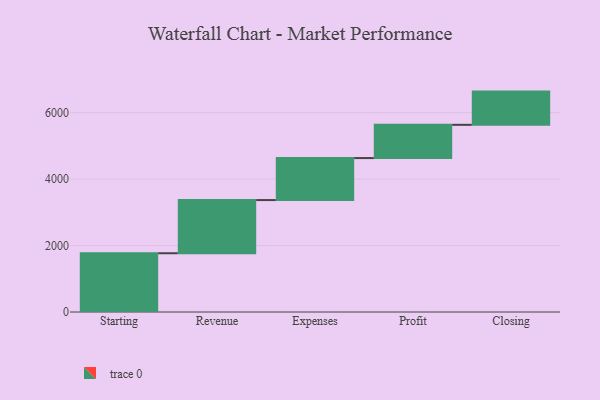
{"axis": {"x": "Step", "y": "Value"}, "legend": [""], "data": [{"x": "Starting", "y": 1768.0, "type": ""}, {"x": "Revenue", "y": 1600.0, "type": ""}, {"x": "Expenses", "y": 1264.0, "type": ""}, {"x": "Profit", "y": 1000, "type": ""}, {"x": "Closing", "y": 1000, "type": ""}]}